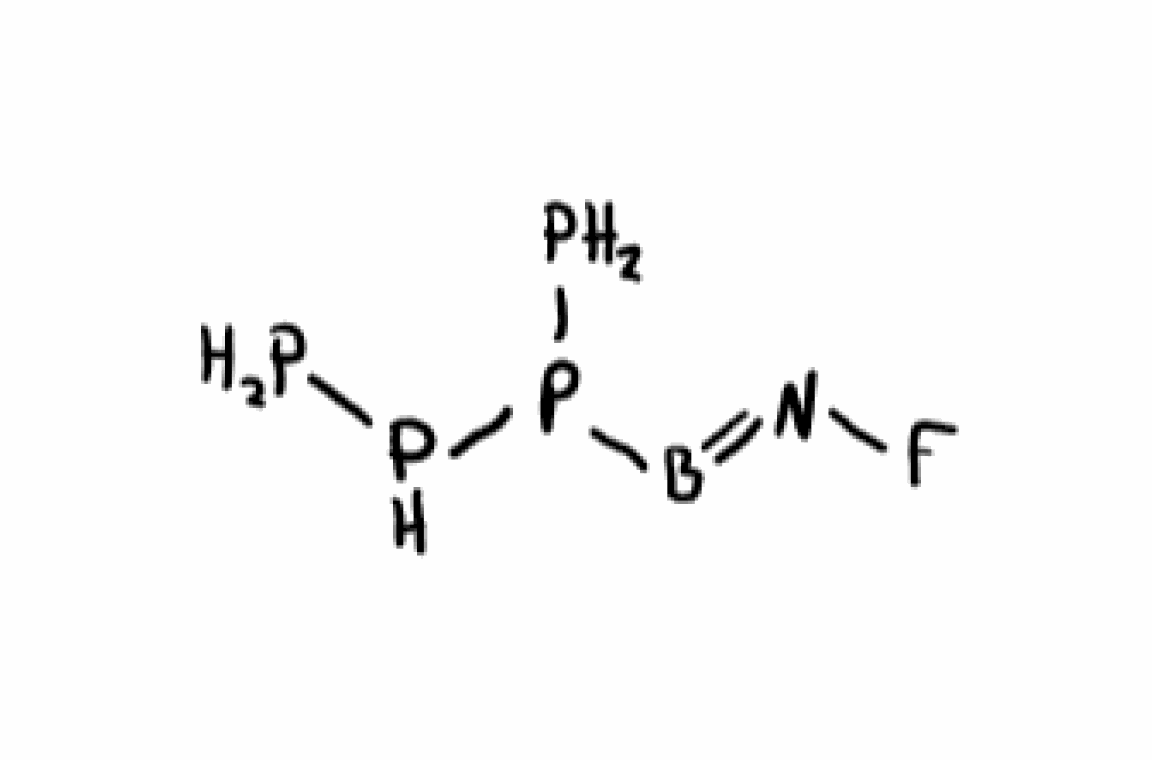
Simplified molecular-input line-entry system (SMILES) notation of the given molecule:
B(=NF)P(P)PP